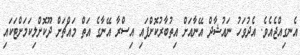
އެނގިއްޖެއެވެ. އެދުވަހު ނައުޝާދް އޭނާއަށް އިތުބާރުކޮށްފައި އިސްރާ އޭނާގެ އަތް މައްޗަށް ދޫކޮށްލިކަމަށްޓަކައި